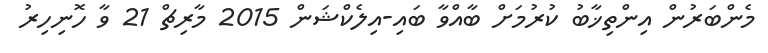
މެންބަރުން އިންތިޚާބު ކުރުމަށް ބާއްވާ ބައި-އިލެކްޝަން 2015 މާރިޗް 21 ވާ ހޮނިހިރު